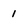
Character: 1